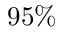
9 5 \%